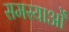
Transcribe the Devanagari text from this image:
समस्याओँ